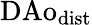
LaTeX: \mathrm{DAo}_{\mathrm{dist}}